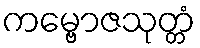
ကမ္ဗောဇသုတ္တံ